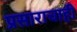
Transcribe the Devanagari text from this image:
प्रसाराचाही